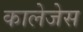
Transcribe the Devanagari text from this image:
कालेजेस